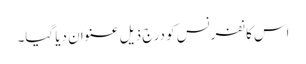
اس کانفرنس کو درج ذیل عنوان دیا گیا۔